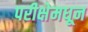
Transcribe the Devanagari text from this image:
परीक्षेमधून